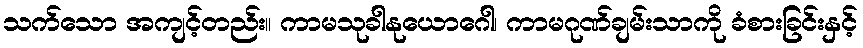
သက်သော အကျင့်တည်း။ ကာမသုခါနုယောဂေါ၊ ကာမဂုဏ်ချမ်းသာကို ခံစားခြင်းနှင့်